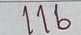
116